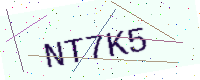
Text: NT7K5